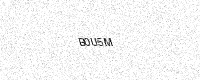
Text: B0U5M